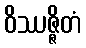
ဝိဿဇ္ဇိတံ